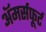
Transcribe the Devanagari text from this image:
अॅमर्सफूर्ट